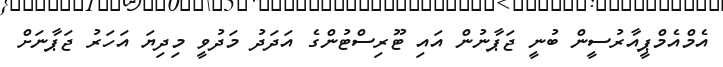
އެމްއެމްޕީއާރުސީން ބުނީ ޖަޕާނުން އައި ޓޫރިސްޓުންގެ އަދަދު މަދުވީ މިދިޔަ އަހަރު ޖަޕާނަށް